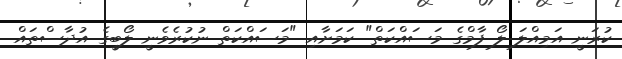
ކުރަނީ އަމިއްލަ ލޯ ފާމްގެ މަސައްކަތް" ކަމަށާއި "މަސައްކަތް ނުކުރެވެނީ ލޯބީގެ އުދާސްތައް